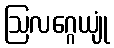
ဩလဂ္ဂေယျုံ